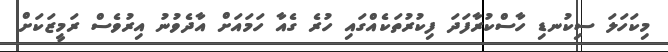
މިކަހަލަ ސިކުނޑި ހާސްކުރާފަދަ ފިކުުރުތަކެއްގައި ހުރެ ގެއާ ހަމައަށް އާދެވުނު އިރުވެސް ރަމީޒަކަށް